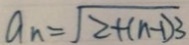
a _ { n } = \sqrt { 2 + ( n - 1 ) 3 }